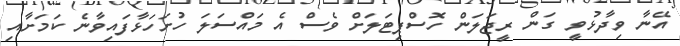
އޭނާ ވިދާޅުވީ ގަން ރީޖަލަން ހޮސްޕިޓަލަށް ވެސް އެ މައްސަލަ ހުށަހަޅާފައިވާނެ ކަމަށާއި